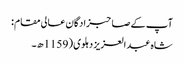
آپ کے صاحبزادگان عالی مقام :
شاہ عبد العزیز دہلوی ( 1159ھ۔